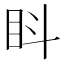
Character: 䀞